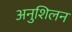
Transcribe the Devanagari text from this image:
अनुशिलन